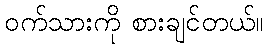
ဝက်သားကို စားချင်တယ်။